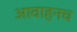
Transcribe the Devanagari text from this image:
आवाहनच